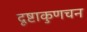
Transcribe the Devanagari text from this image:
दृष्टाकुणचन